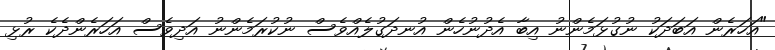
"އަހަރެން އަބަދަކު ނުގުޅަމެންނު އިބާ އެދުނުހެން އުނދަގުލެއްވެސް ނުކުރަމެންނު އަދިވެސް އަހަރެންދެކެ ރުޅި